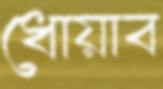
ধোয়াব